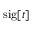
\mathrm { s i g } [ t ]